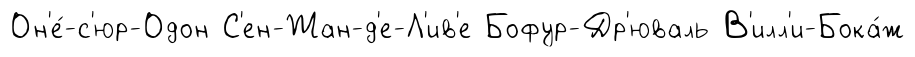
Он'е́-с'юр-Одон С'ен-Жан-д'е-Л'ив'е Бофур-Др'юваль В'илл'и-Бока́ж